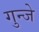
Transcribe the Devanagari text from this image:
गुन्जे